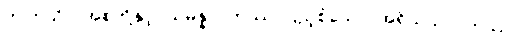
ဤကုသိုလ်အစုတို့နှင့်။ သမန္နာဂတဿ၊ ပြည့်စုံသော။ အရိယသာဝကဿ၊